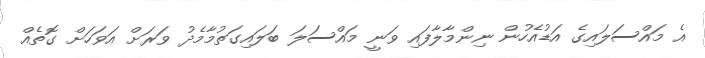
އެ މައްސަލައިގެ އަޑުއެހުން ނިންމާލާފައި ވަނީ މައްސަލަ ބަލައިގަތުމާމެދު ވަރަށް އަވަހަށް ގޮތެއް